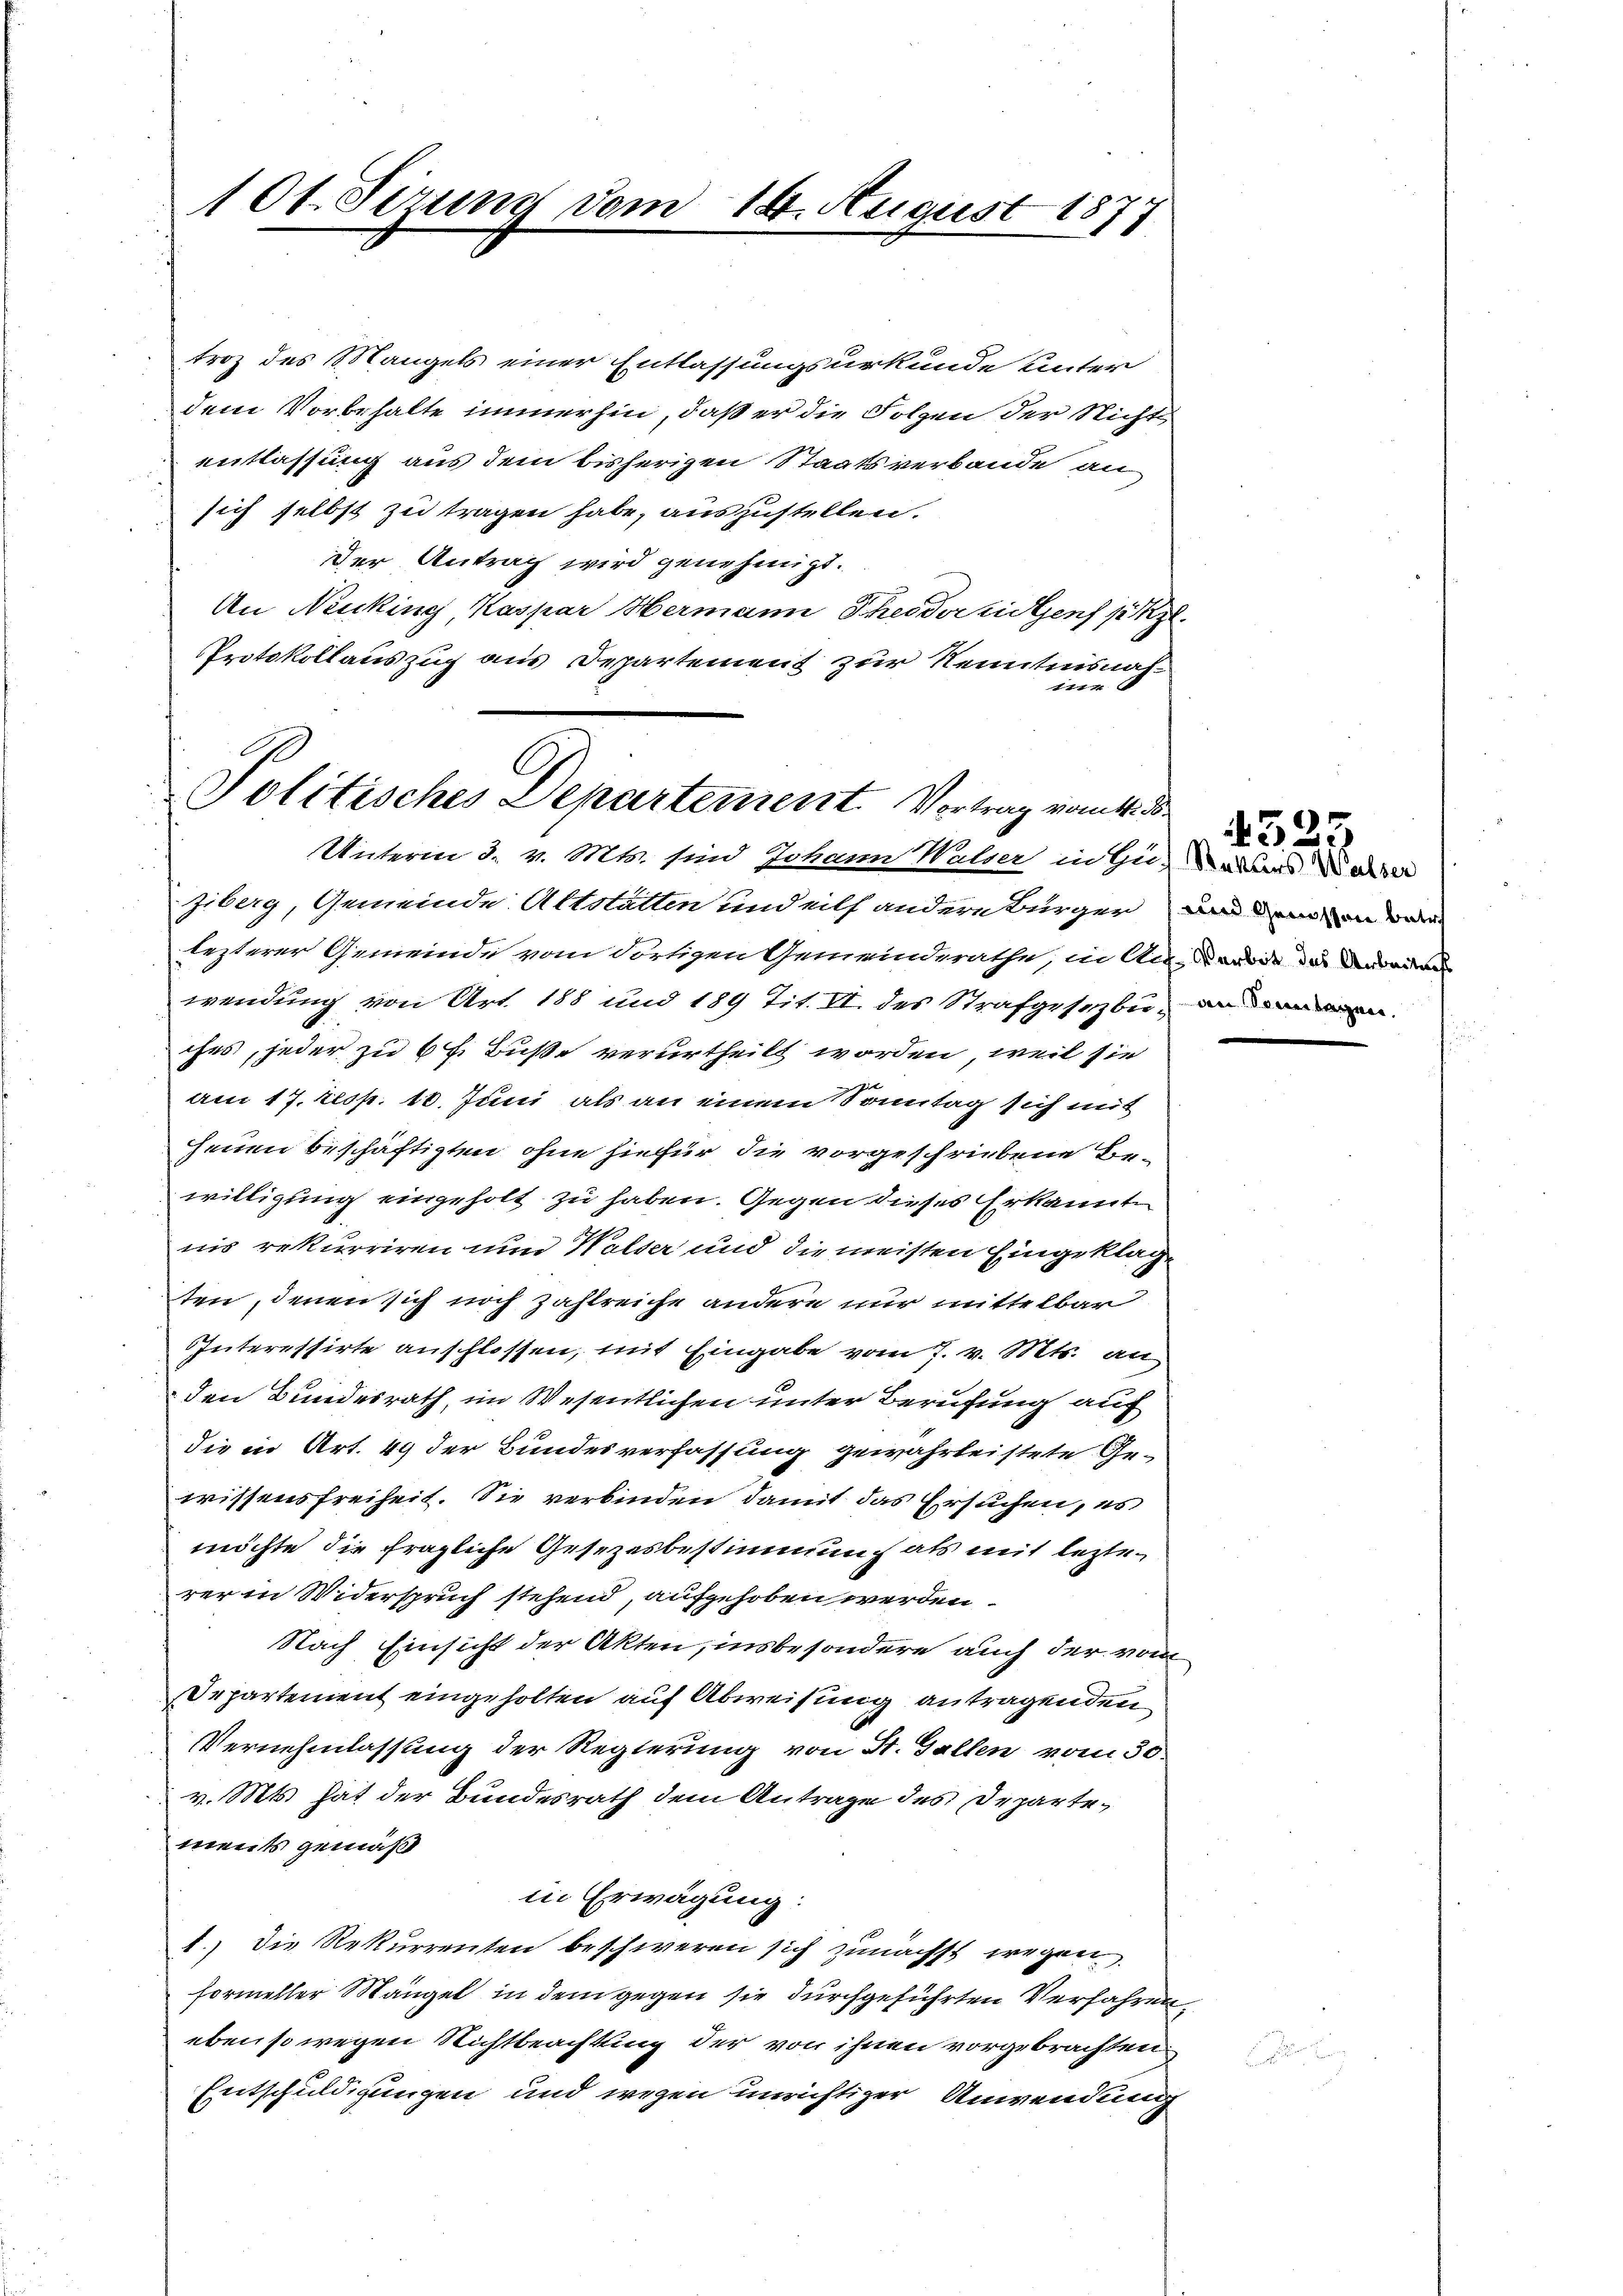
10t. Sirung vom 14. August 187

troz des Mangels einer Entlassungsurkunde unter
dem Vorbehalte immerhin, daß er die Folgen der Nicht
entlassung aus dem bisherigen Staatsverbande an
sich selbst zu tragen habe, auszustellen.
der Antrag wird genehmigt.
An Neuking Kaspar Hermann Scheiderliegens setzl.
PProtokollauszug aus Departement zur Kenntnisnah¬
11

C
Politisches Departement. Vortrag vom 4. ds.
Unterin d. v. Mts. sind Johann Walser in Gu-widers aber

Ziberg, Gemeinde Altstätten und eils andere Bürger und einen dar
lezterer Gemeinde vom dortigen Gemeinderathe, in An-Kerode der Anweis
wendung von Art. 188 und 189 Tit. II. des Strafgesezbu- an den
ches, jeder zu 6 l. Buße verurtheilt worden, weil sie
am 17. resp. 16. Juni als an einem Sonntag sich mit
jenen beschäftigten ohne hiefür die vorgeschriebene Bewilligung eingeholt zu haben. Gegen dieses Erkannte
nis rekurriren und Walter und die meisten Eingeklag
ten, denen sich noch zahlreiche andere nur mittelbar
Interessirte anschlossen, mit Eingabe vom 7. v. Mts. an
den Bundesrath, im Wesentlichen unter Berufung auf
die in Art. 49 der Bundesverfassung gewährleistete Gewissensfreiheit. Sie verbinden damit das Ersuchen, es
möchte die fragliche Gesezesbestimmung als mit lezterer in Widerspruch stehend, aufgehoben werden.
Nach Einsicht der Akten, insbesondere auch der vom
Departement eingeholten auf Abweisung antragenden
Vernehmlassung der Regierung von St. Gallen vom 30.
v. Mts. hat der Bundesrath dem Antrage des Departements gemäß
in Erwägung:
1.) Die Rekurrenten beschweren sich zunächst wegen
formeller Mängel in dem gegen sie durchgeführten Verfahren,
ebenso wegen Nichtbeachtung der von ihnen vorgebrachten
Entschuldigungen und wegen unrichtiger Anwendung

4525